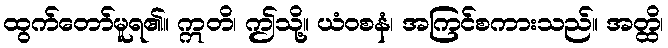
ထွက်တော်မူရ၏။ ဣတိ၊ ဤသို့။ ယံဝစနံ၊ အကြင်စကားသည်။ အတ္ထိ၊